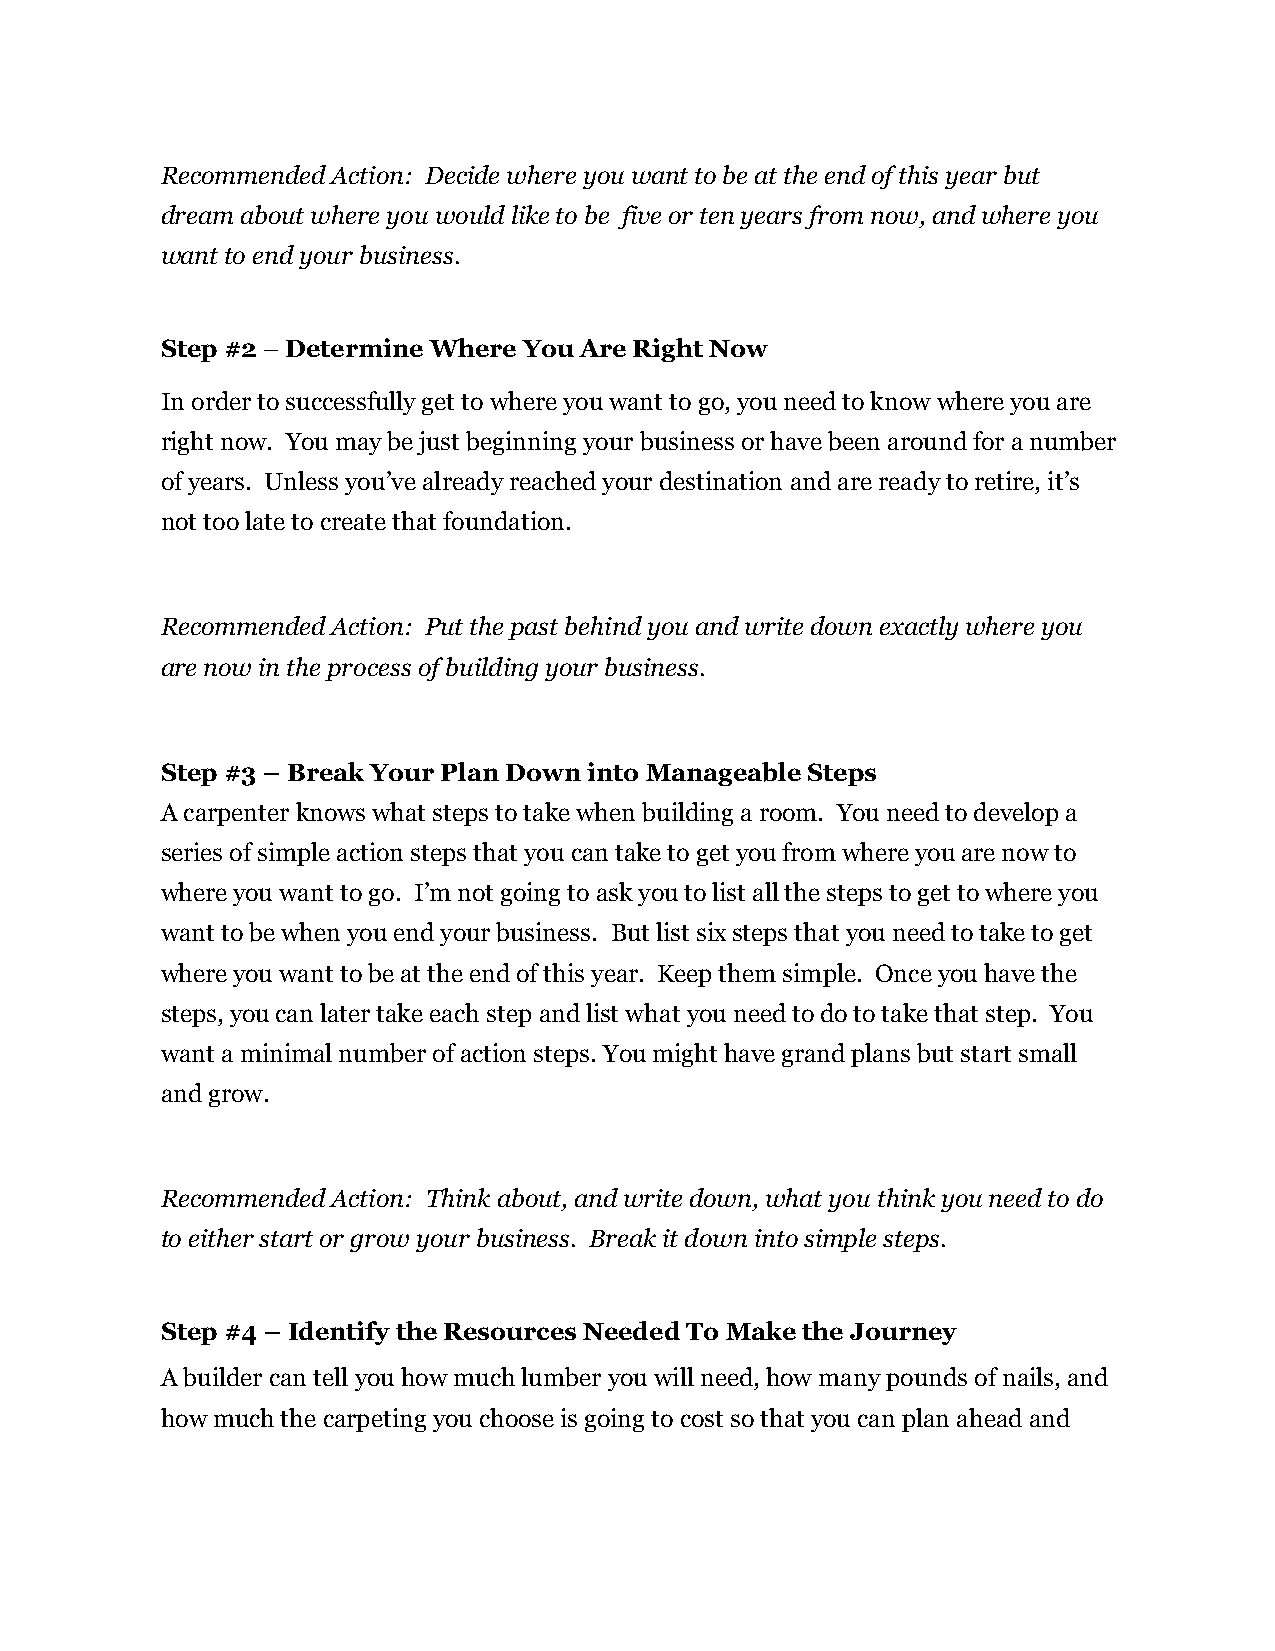
Recommended Action: Decide where you want to be at the end of this year but
 dream about where you would like to be five or ten years from now, and where you
 want to end your business.
 Step #2 – Determine Where You Are Right Now
 In order to successfully get to where you want to go, you need to know where you are
 right now. You may be just beginning your business or have been around for a number
 of years. Unless you’ve already reached your destination and are ready to retire, it’s
 not too late to create that foundation.
 Recommended Action: Put the past behind you and write down exactly where you
 are now in the process of building your business.
 Step #3 – Break Your Plan Down into Manageable Steps
 A carpenter knows what steps to take when building a room. You need to develop a
 series of simple action steps that you can take to get you from where you are now to
 where you want to go. I’m not going to ask you to list all the steps to get to where you
 want to be when you end your business. But list six steps that you need to take to get
 where you want to be at the end of this year. Keep them simple. Once you have the
 steps, you can later take each step and list what you need to do to take that step. You
 want a minimal number of action steps. You might have grand plans but start small
 and grow.
 Recommended Action: Think about, and write down, what you think you need to do
 to either start or grow your business. Break it down into simple steps.
 Step #4 – Identify the Resources Needed To Make the Journey
 A builder can tell you how much lumber you will need, how many pounds of nails, and
 how much the carpeting you choose is going to cost so that you can plan ahead and